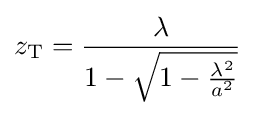
z_{\text{T}}={\frac {\lambda }{1-{\sqrt {1-{\frac {\lambda ^{2}}{a^{2}}}}}}}